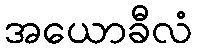
အယောခီလံ